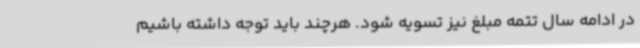
در ادامه سال تتمه مبلغ نیز تسویه شود. هرچند باید توجه داشته باشیم